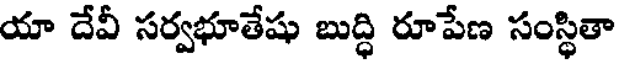
యా దేవీ సర్వభూతేషు బుద్ధి రూపేణ సంస్థితా